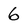
Character: 6